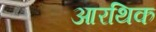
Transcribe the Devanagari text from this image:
आरथिक